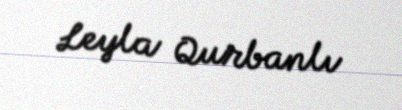
Leyla Qurbanlı